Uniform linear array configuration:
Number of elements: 8
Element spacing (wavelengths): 0.5
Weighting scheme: cosine
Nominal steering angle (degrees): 30
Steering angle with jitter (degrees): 29.841
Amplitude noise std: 0.05
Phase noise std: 0.05

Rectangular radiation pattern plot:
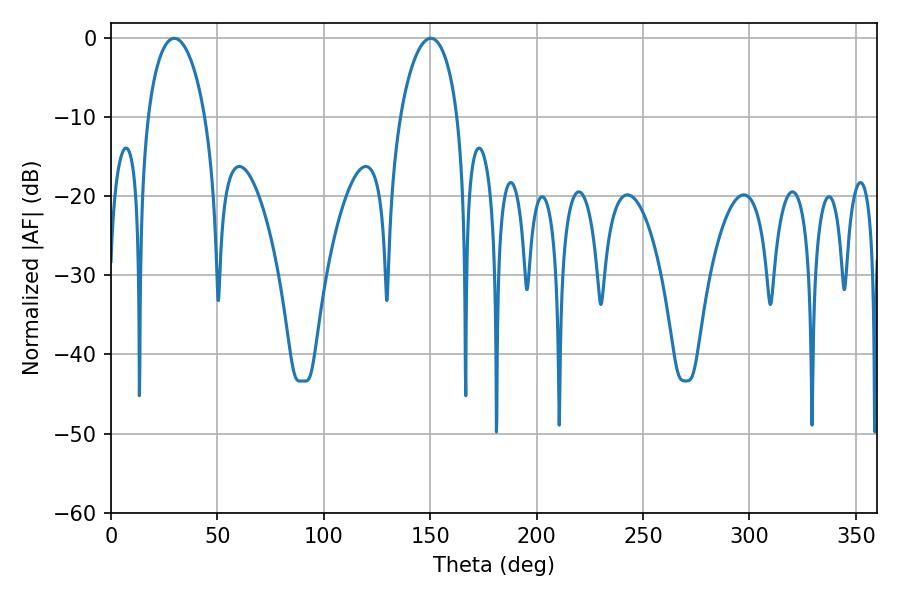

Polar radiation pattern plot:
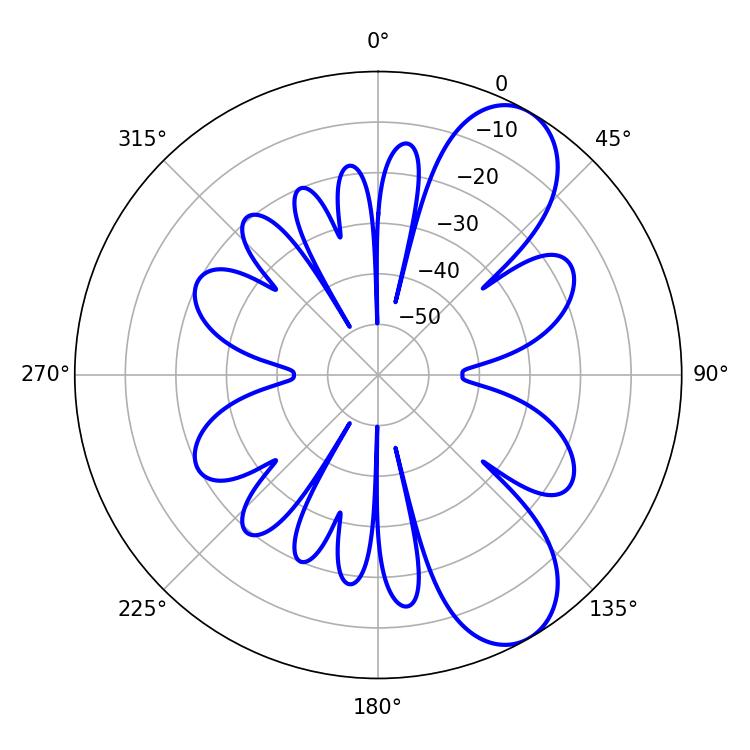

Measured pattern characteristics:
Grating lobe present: FALSE
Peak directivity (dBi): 8.486
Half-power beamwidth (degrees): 15.48
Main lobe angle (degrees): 29.7